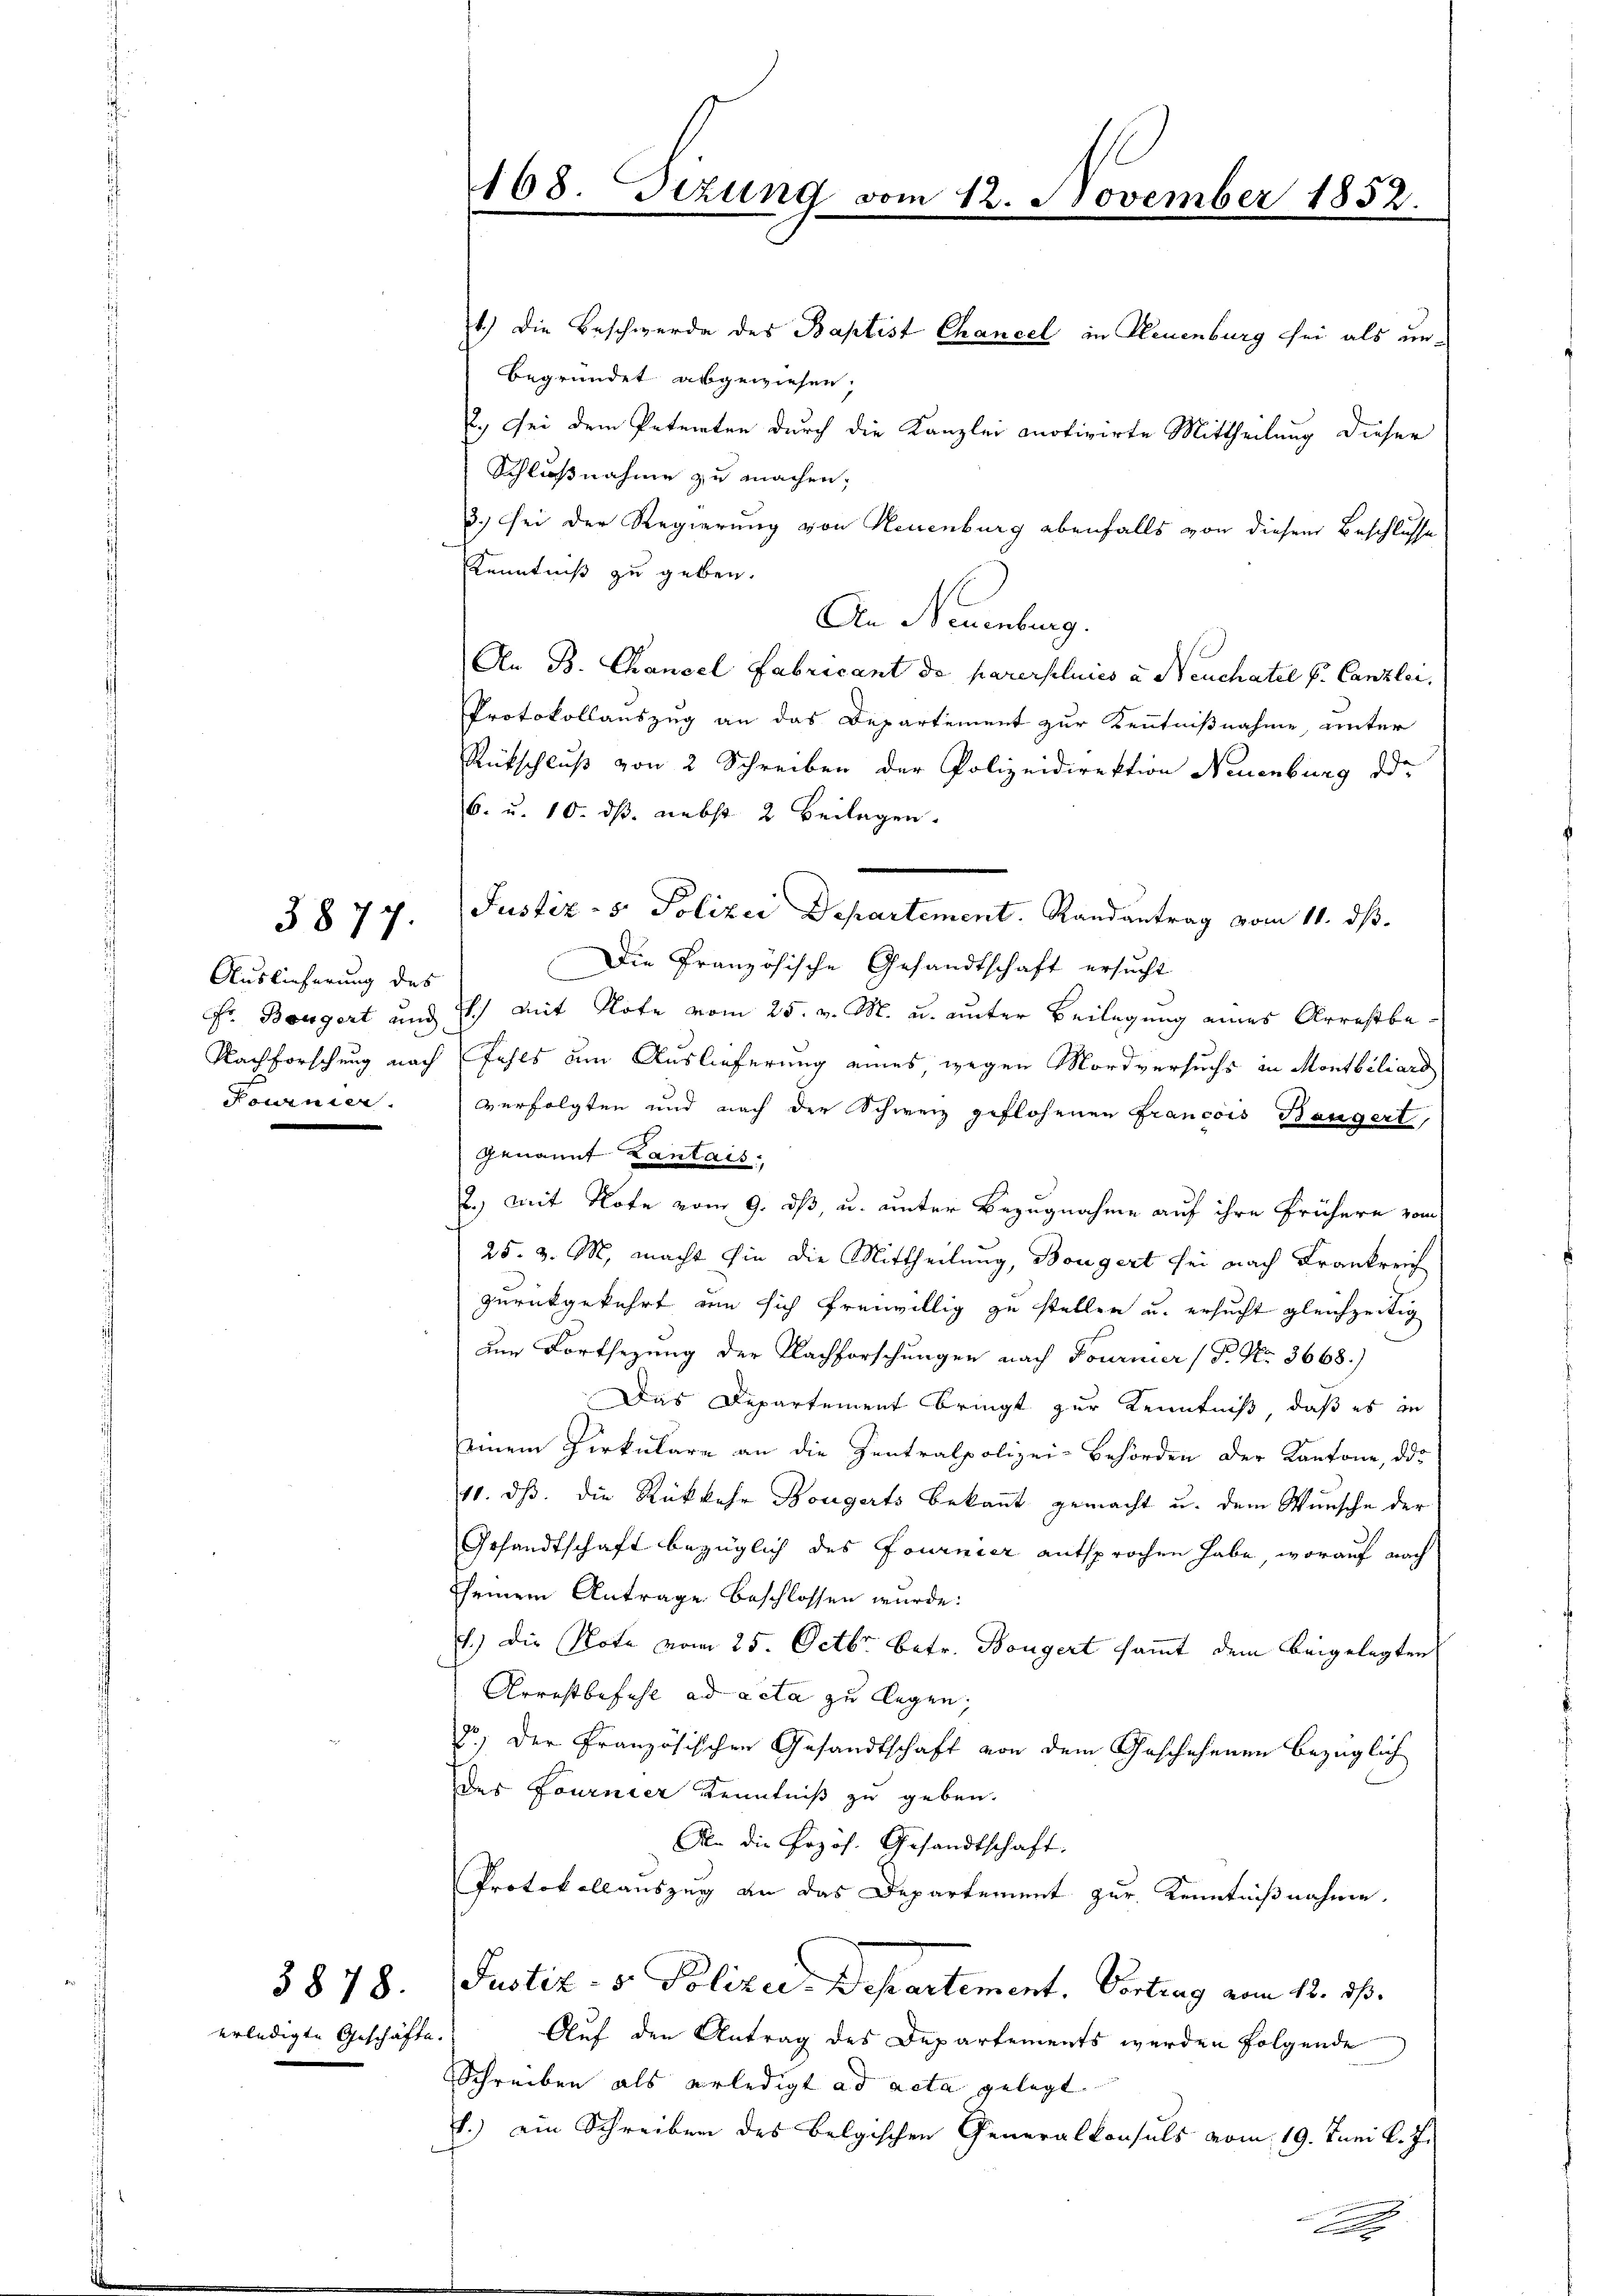
3877.

Auslieferung des
dournier.

erledigte Geschäfte.

§878.

168. Tizung vom 12. November 1852.
1.) Die Beschwerde des Baptist Chancel in Neuenburg sei als un¬

Begründet abgewiesen,
2.) Sei dem Petenten durch die Kanzlei motivirte Mittheilung dieser
Schlußnahme zu machen,
3.) sei der Regierung von Neuenburg ebenfalls von diesem Beschlusse
Kenntniß zu geben.
An Neuenburg.
An B. Chancel Fabricant de parersluics u Neuchatel u. Canzlei,
Protokollauszug an das Departement zur Kenntnißnahme, unter
Rütschluß von 2 Schreiben der Polizeidirektion Neuenburg ode
6. u. 10. ds. nebst 2 beilagen.
Justiz - 5. Polizei Departement. Randantrag vom 11. ds.
Die Französische Gesandtschaft ersucht
Fr. Bougert und 2.) Mit Note vom 25. v. M. u. unter Beilegung eines Arrestbe¬
Nachforschung nach fahls um Auslieferung eines wegen Mordversuchs in Montbiliars
verfolgten und nach der Schweiz geflohenen Francois Baugert,
genannt Lantais.
2.) Mit Note vom 9. ds, u. unter Bezugnahme auf ihre frühern vom
25. v. M. macht hin die Mittheilung, Bougert sei nach Frankreich
zurückgekehrt den sich freiwillig zu stellen u. ersucht gleichzeitig
Am Fortsezung der Nachforschungen nach Fournier (T. No. 3668.)
Das Departement bringt zur Kenntniß, daß es in
seinem Perkulare an die Zentralpolizei-Behörden der Kantone, das
11. ds. die Rükkehr Bougarts Bekannt gemacht u. dem Wunsche der
Gesandtschaft bezüglich des Fournier entsprochen habe, worauf nach
sseinem Antrage beschlossen wurde:
E.) Die Note vom 25. Octbr. betr. Bougert sammt dem beigelegten
Arrestbefehl ad acta zu legen,
8) Der Französischen Gesandtschaft von dem Geschehenen bezüglich
des Fournier Kenntniß zu geben.
An die frzös. Gesandtschaft.
Protokollauszug an das Departement zur Kenntnißnahme.
Justiz- & Polizei-Departement. Vortrag vom 12. ds.
Auf den Antrag des Departements werden folgende
Schreiben als erledigt ad acta gelegt.
1.) ein Schreiben des belgischen Generalkonsuls vom 19. Juni l. J.
.